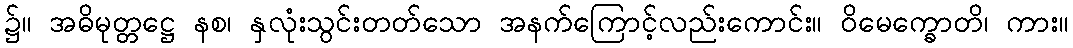
၌။ အဓိမုတ္တဋ္ဌေ နစ၊ နှလုံးသွင်းတတ်သော အနက်ကြောင့်လည်းကောင်း။ ဝိမေက္ခောတိ၊ ကား။